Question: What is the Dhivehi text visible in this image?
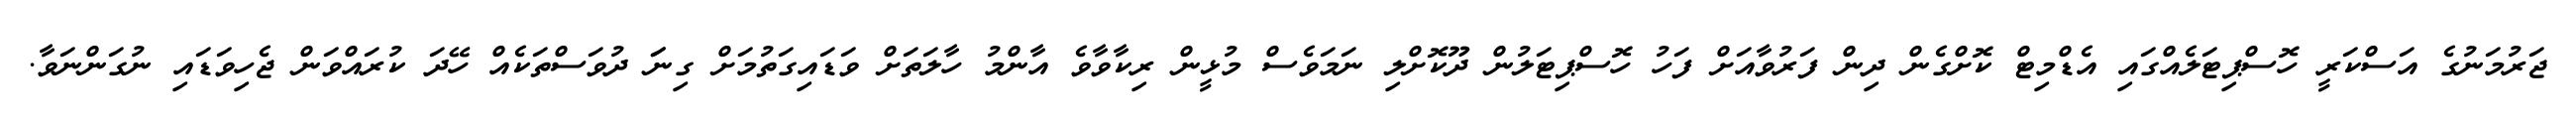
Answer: ޖަރުމަނުގެ އަސްކަރީ ހޮސްޕިޓަލެއްގައި އެޑްމިޓް ކޮށްގެން ދިން ފަރުވާއަށް ފަހު ހޮސްޕިޓަލުން ދޫކޮށްލި ނަމަވެސް މުޅީން ރިކާވާވެ އާންމު ހާލަތަށް ވަޑައިގަތުމަށް ގިނަަ ދުވަސްތަކެއް ހޭދަ ކުރައްވަން ޖެހިވަޑައި ނުގަންނަވާ.